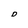
Character: D